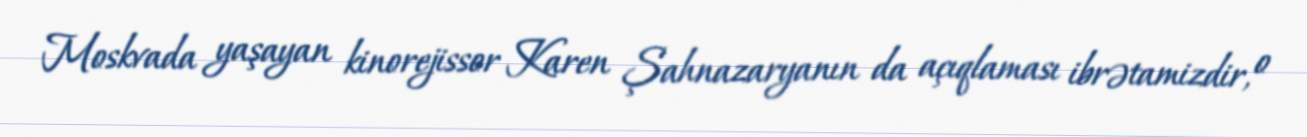
Moskvada yaşayan kinorejissor Karen Şahnazaryanın da açıqlaması ibrətamizdir, o